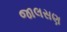
જાલસણ